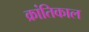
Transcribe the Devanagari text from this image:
क्रांतिकाल